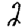
Digit: 2